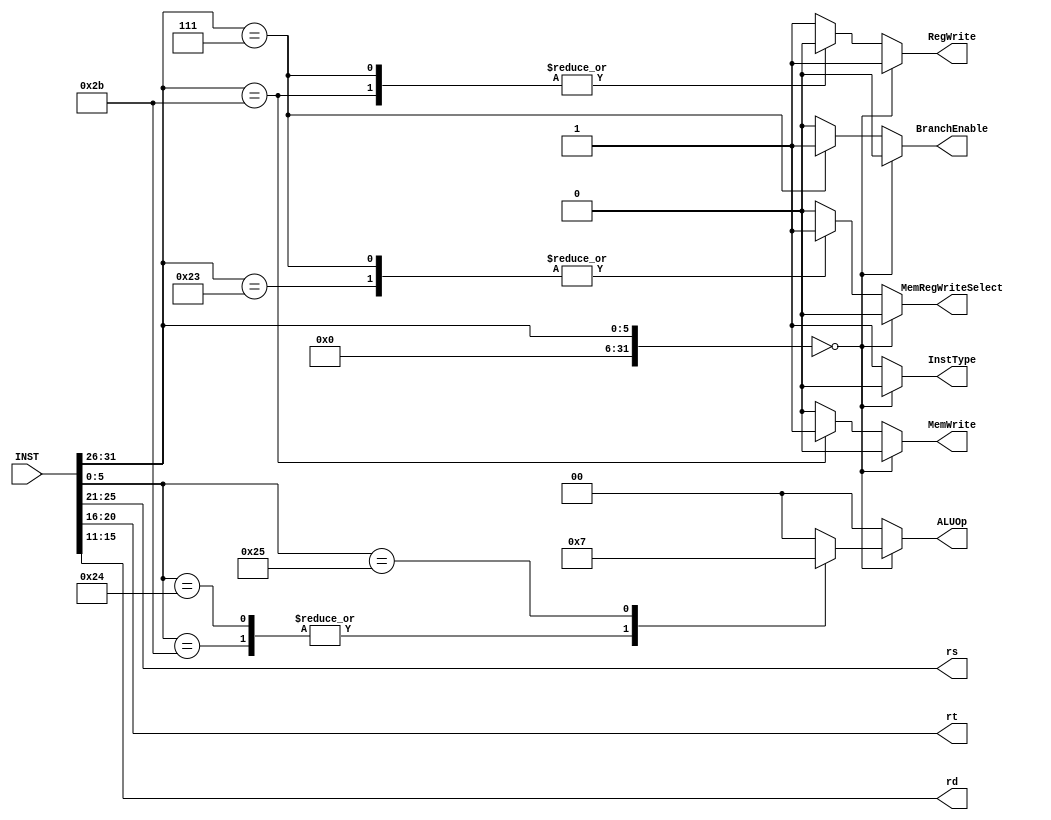
 module DECODER(
	input [31:0] INST,
	output [4:0] rs,
	output [4:0] rt,
	output [4:0] rd,
	output [1:0] ALUOp,
	output InstType,
	output RegWrite,
	output MemWrite,
	output MemRegWriteSelect,
	output BranchEnable
 );
 
	
	wire [31:0] opcode;
	wire [5:0]  funct;
 
 
	assign opcode = INST[31:26];
	assign rs = INST[25:21];
	assign funct = INST[5:0];
	assign rt = INST[20:16];
	assign rd = INST[15:11];
	
	
	reg [1:0]ALUOp_temp;
	assign ALUOp = ALUOp_temp;
	
	reg InstType_temp;
	assign InstType = InstType_temp;
	
	reg RegWrite_temp;
	assign RegWrite = RegWrite_temp;
	
	reg MemWrite_temp;
	assign MemWrite = MemWrite_temp;
	
	reg MemRegWriteSelect_temp;
	assign MemRegWriteSelect = MemRegWriteSelect_temp;
	
	reg BranchEnable_temp;
	assign BranchEnable = BranchEnable_temp;
	
	always @(*)begin
		if(opcode == 6'b0)begin //R-type instruction
			
			InstType_temp = 0;
			BranchEnable_temp = 0;
			case(funct)
				6'b100000 : begin ALUOp_temp = 2'b00;//ADD
									RegWrite_temp = 1;
									MemWrite_temp = 0;
									MemRegWriteSelect_temp = 0;
								end
								
				6'b101011 : begin ALUOp_temp = 2'b01;//SUB
									RegWrite_temp = 1;
									MemWrite_temp = 0;
									MemRegWriteSelect_temp = 0;
								end
								
				6'b100100 : begin ALUOp_temp = 2'b01;//AND
									RegWrite_temp = 1;
									MemWrite_temp = 0;
									MemRegWriteSelect_temp = 0;
								end
								
				6'b100101 : begin ALUOp_temp = 2'b11;//OR
									RegWrite_temp = 1;
									MemWrite_temp = 0;
									MemRegWriteSelect_temp = 0;
								end
								
				default   : begin ALUOp_temp = 2'b00;//ADD
									RegWrite_temp = 1;
									MemWrite_temp = 0;
									MemRegWriteSelect_temp = 0;
							   end
			endcase
			
		end
		
		else begin //I-type instruction
			InstType_temp = 1;
			
			case(opcode)
				6'b001000 : begin ALUOp_temp = 2'b00;//ADDI
									RegWrite_temp = 1;
									MemWrite_temp = 0;
									MemRegWriteSelect_temp = 0;
									BranchEnable_temp = 0;
								end
								
				6'b101011 : begin ALUOp_temp = 2'b00;//SW Store Word
									RegWrite_temp = 0;
									MemWrite_temp = 1;
									MemRegWriteSelect_temp = 0;
									BranchEnable_temp = 0;
								end
								
				6'b100011 : begin ALUOp_temp = 2'b00;//LW Load Word
									RegWrite_temp = 1;
									MemWrite_temp = 0;
									MemRegWriteSelect_temp = 1;
									BranchEnable_temp = 0;
								end
								
				6'b000111 : begin ALUOp_temp = 2'b00;//BGTZ rs > 0
									RegWrite_temp = 0;
									MemWrite_temp = 0;
									MemRegWriteSelect_temp = 1;
									BranchEnable_temp = 1;
								end
								
				default :   begin ALUOp_temp = 2'b00;//ADD
									RegWrite_temp = 1;
									MemWrite_temp = 0;
									MemRegWriteSelect_temp = 0;
									BranchEnable_temp = 0;
								end
			endcase
		end
	end
	
 
	
 
 
 endmodule
 
 
 
 
 
 
 
 
 
 
 
 
 
 /*
    assign opcode = INST[31:26];
	 assign rs = INST[25:21];
	 assign funct = INST[5:0];
	
	 reg [4:0] rt;
	 reg [4:0] rd;
	 reg [4:0] des;
	 reg ALUSrc;
	
	 wire [31:0] out;
	 wire flag;
	
	always @(*)begin
		SrcA = RD0; //always RD0
		
		if(INST[31:26]==0)begin //if R-type inst
			rt = INST[20:16];
			rd = INST[15:11];
			des = rd; //written register(destination)
			
			ALUSrc = 0;
			SrcB = RD1; //normal
		end
		else begin //if I-type inst
			rt = INST[20:16];//same
			des=rt;//written register(destination)
			
			ALUSrc = 1;
			SrcB = INST[5:0];//immediate value
		end
	end

endmodule
	*/
	
	/*	DECODER DEC(.INST(INST),
					.SrcA(SrcA),
					.SrcB(SrcB),
					.opcode(opcode),
					.rs(rs),
					.rt(rt),
					.des(des),
					.funct(funct)
					.ALUSrc(ALUSrc));
	*/